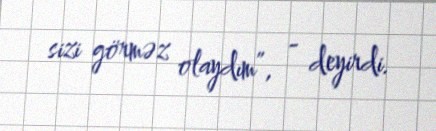
sizi görməz olaydım”, - deyirdi.